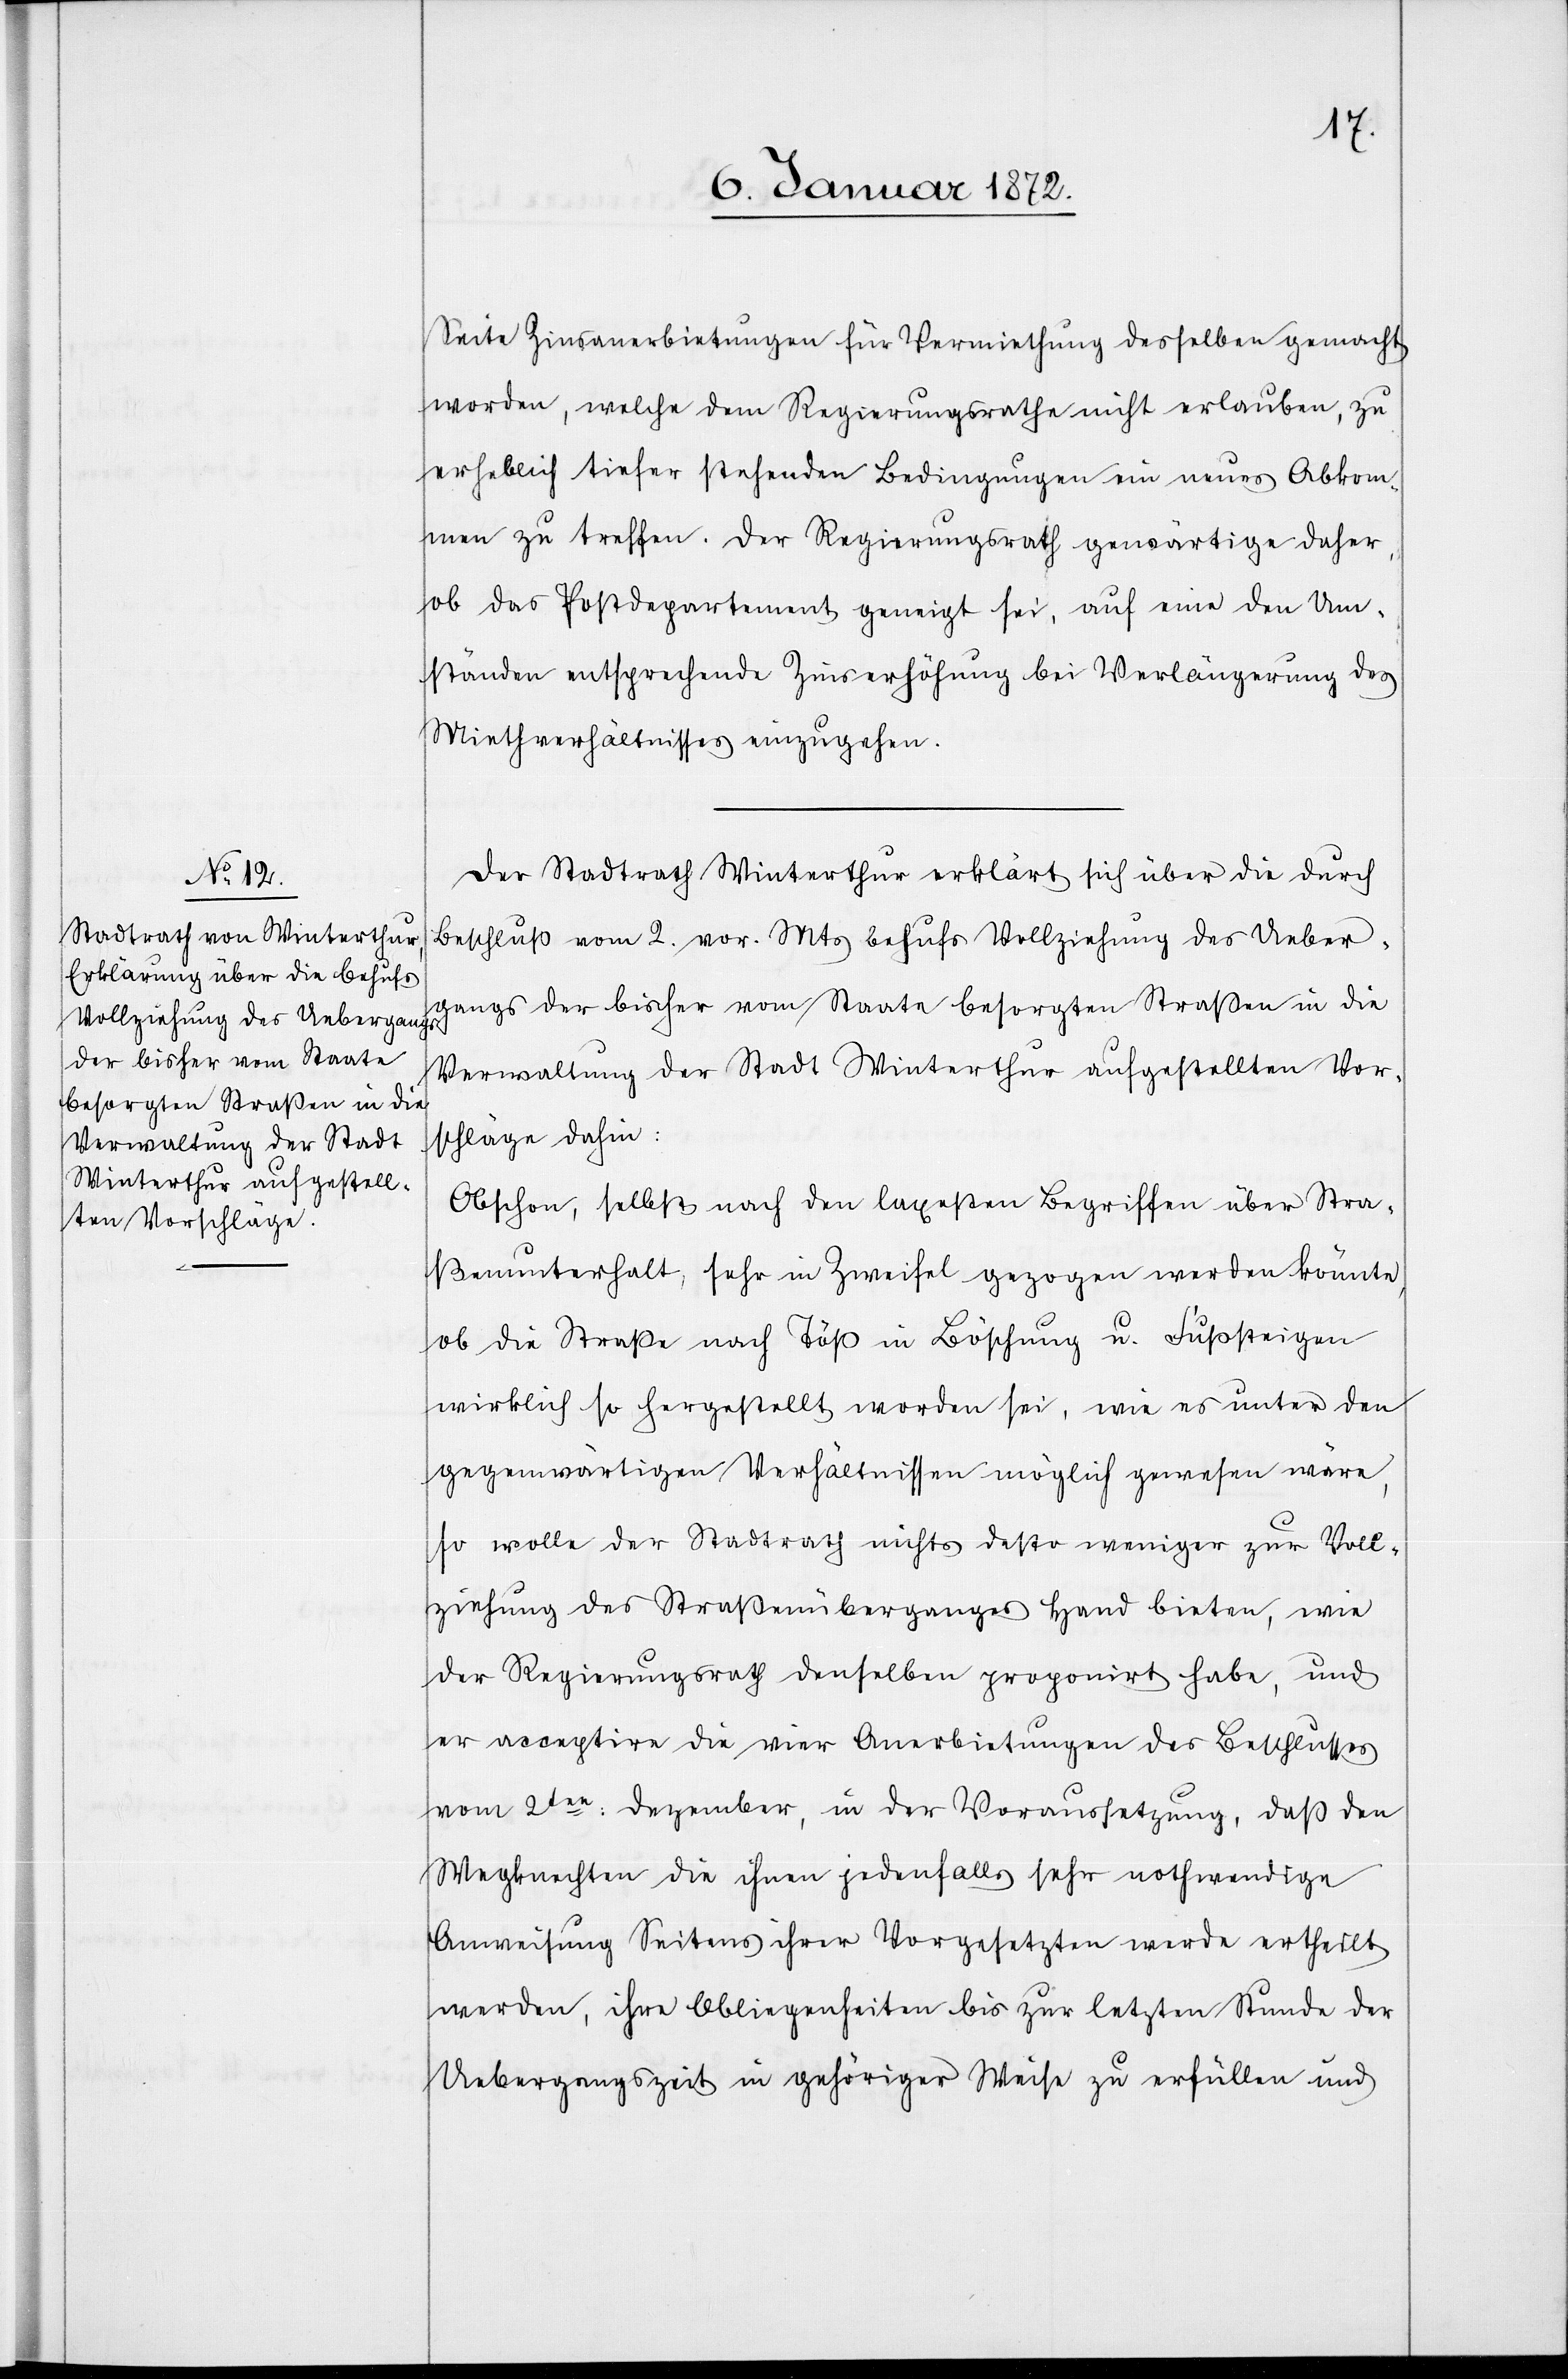
Seite Zinsanerbietungen für Vermiethung desselben gemacht
worden, welche dem Regierungsrathe nicht erlauben, zu
erheblich tiefer stehenden Bedingungen ein neues Abkom¬
men zu treffen. Der Regierungsrath gewärtige daher,
ob das Postdepartement geneigt sei, auf eine den Um¬
ständen entsprechende Zinserhöhung bei Verlängerung des
Miethverhältnisses einzugehen.
Der Stadtrath Winterthur erklärt sich über die durch
Beschluß vom 2. vor. Mts behufs Vollziehung des Ueber¬
gangs der bisher vom Staate besorgten Straßen in die
Verwaltung der Stadt Winterthur aufgestellten Vor¬
schläge dahin:
Obschon, selbst nach den laxesten Begriffen über Stra¬
ßenunterhalt, sehr in Zweifel gezogen werden könnte,
ob die Strasse nach Töß in Böschung u. Fußsteigen
wirklich so hergestellt worden sei, wie es unter den
gegenwärtigen Verhältnissen möglich gewesen wäre,
so wolle der Stadtrath nichts desto weniger zur Voll¬
ziehung des Straßenüberganges Hand bieten, wie
der Regierungsrath denselben proponirt habe, und
er acceptire die vier Anerbietungen des Beschlusses
von 2ten Dezember, in der Voraussetzung, daß den
Wegknechten die ihnen jedenfalls sehr nothwendige
Anweisung Seitens ihrer Vorgesetzten werde ertheilt
werden, ihre Obliegenheiten bis zur letzten Stunde der
Uebergangszeit in gehöriger Weise zu erfüllen und